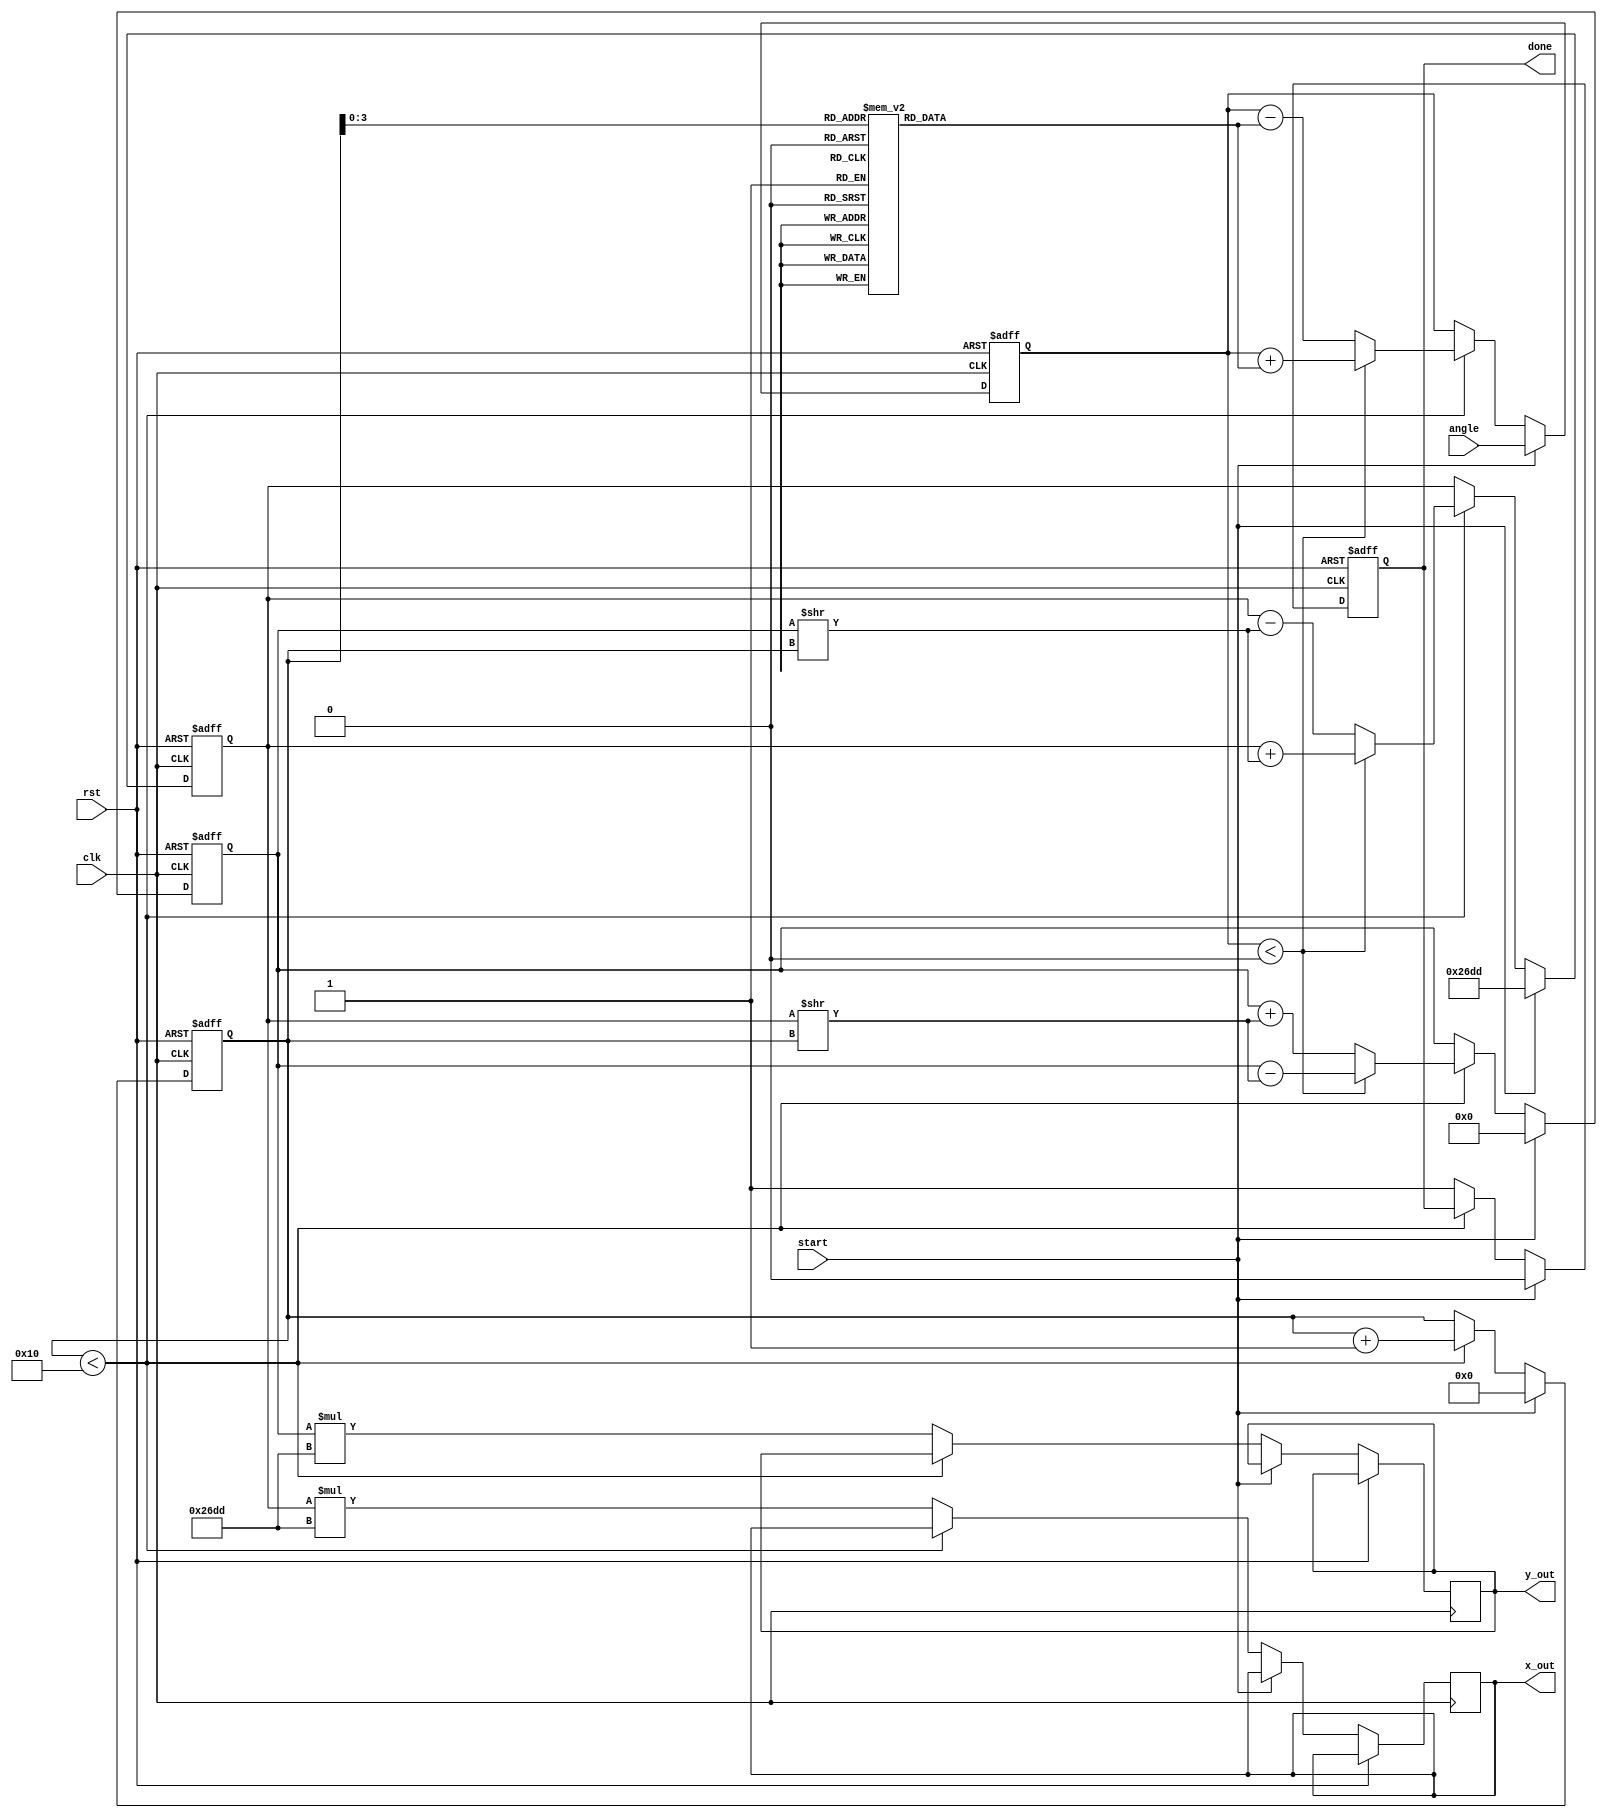
module adaptive_cordic #(
    parameter WIDTH = 16,         // Bit width for fixed-point representation
    parameter ITERATIONS = 16     // Number of iterations for CORDIC
)(
    input wire clk,               // Clock signal
    input wire rst,               // Reset signal
    input wire [WIDTH-1:0] angle, // Input angle (in radians)
    input wire start,             // Start signal for computation
    output reg [WIDTH-1:0] x_out, // Output x coordinate (cosine)
    output reg [WIDTH-1:0] y_out, // Output y coordinate (sine)
    output reg done               // Done signal
);

    // Internal signals
    reg [WIDTH-1:0] x, y;         // Current x and y coordinates
    reg [WIDTH-1:0] z;            // Current angle
    reg [4:0] iteration;          // Iteration counter
    reg [WIDTH-1:0] atan_table [0:ITERATIONS-1]; // Arctangent lookup table
    reg [WIDTH-1:0] scaling_factor; // Scaling factor

    // Initialize arctangent values and scaling factor
    initial begin
        // Precomputed arctangent values (in fixed-point)
        atan_table[0] = 16'h2000; // atan(1) = /4
        atan_table[1] = 16'h1000; // atan(0.5) = /6
        atan_table[2] = 16'h0800; // atan(0.25) = /12
        // ... Fill in the rest of the atan_table values
        scaling_factor = 16'h26DD; // Scaling factor for 16 iterations
    end

    // Control unit
    always @(posedge clk or posedge rst) begin
        if (rst) begin
            x <= 16'h0000; // Initialize x
            y <= 16'h0000; // Initialize y
            z <= 16'h0000; // Initialize z
            iteration <= 0; // Reset iteration counter
            done <= 0; // Reset done signal
        end else if (start) begin
            // Initialize inputs
            x <= 16'h26DD; // Initial x = scaling factor
            y <= 16'h0000; // Initial y = 0
            z <= angle; // Load input angle
            iteration <= 0; // Start iterations
            done <= 0; // Reset done signal
        end else if (iteration < ITERATIONS) begin
            // CORDIC rotation logic
            if (z < 0) begin
                // Rotate clockwise
                x <= x + (y >> iteration);
                y <= y - (x >> iteration);
                z <= z + atan_table[iteration];
            end else begin
                // Rotate counter-clockwise
                x <= x - (y >> iteration);
                y <= y + (x >> iteration);
                z <= z - atan_table[iteration];
            end
            iteration <= iteration + 1; // Increment iteration counter
        end else begin
            // Final scaling adjustment
            x_out <= x * scaling_factor; // Scale x
            y_out <= y * scaling_factor; // Scale y
            done <= 1; // Set done signal
        end
    end

endmodule